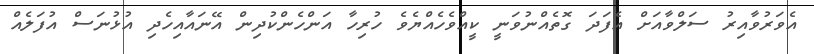
އެވަރުވާއިރު ސަލްވާއަށް އެފަދަ ގޮތެއްނުވަނީ ކީއްވެހެއްޔެވެ ހުރިހާ އަންހެންކުދިން އޭނައާއިހެދި އުޅުނަސް އުފަލެއް